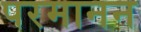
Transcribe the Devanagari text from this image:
परमानन